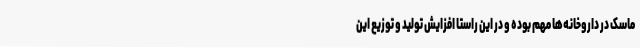
ماسک در داروخانه‌ها مهم بوده و در این راستا افزایش تولید و توزیع این